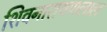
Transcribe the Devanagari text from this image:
शिवनारायणलाल